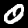
Label: 0